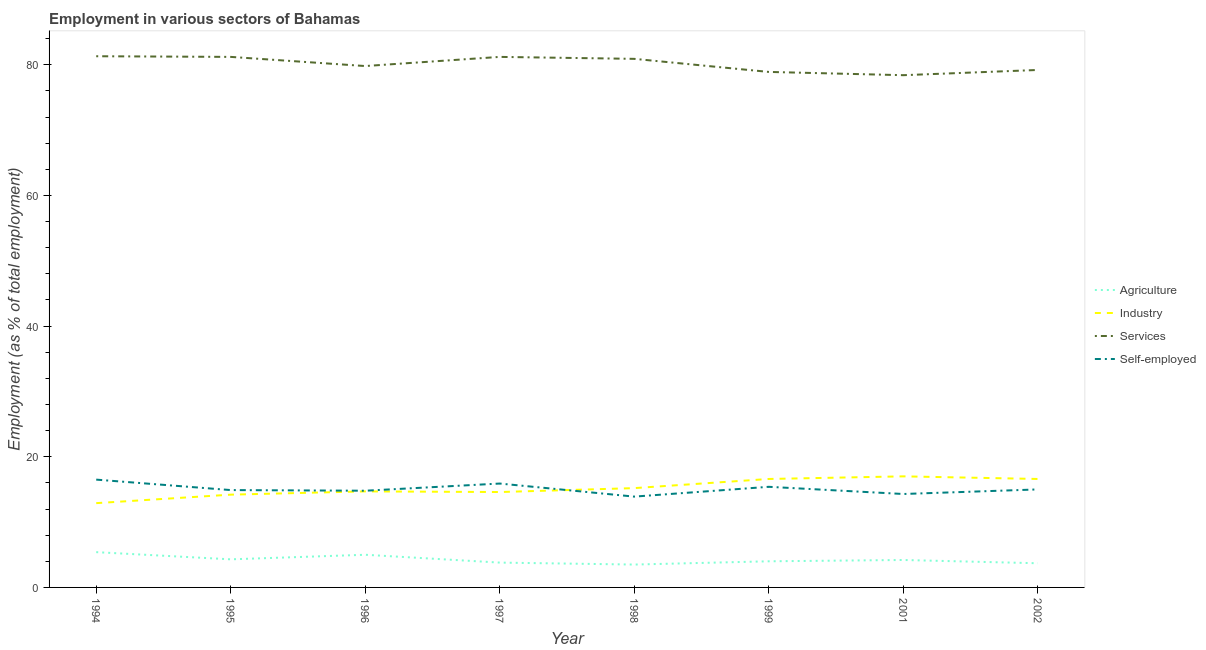
| Year | Agriculture | Industry | Services | Self-employed |
 | --- | --- | --- | --- | --- |
 | 1994 | 5.4 | 12.9 | 81.3 | 16.5 |
 | 1995 | 4.3 | 14.2 | 81.2 | 14.9 |
 | 1996 | 5 | 14.7 | 79.8 | 14.8 |
 | 1997 | 3.8 | 14.6 | 81.2 | 15.9 |
 | 1998 | 3.5 | 15.2 | 80.9 | 13.9 |
 | 1999 | 4 | 16.6 | 78.9 | 15.4 |
 | 2001 | 4.2 | 17 | 78.4 | 14.3 |
 | 2002 | 3.7 | 16.6 | 79.2 | 15 |